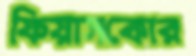
ফিয়াসকোর